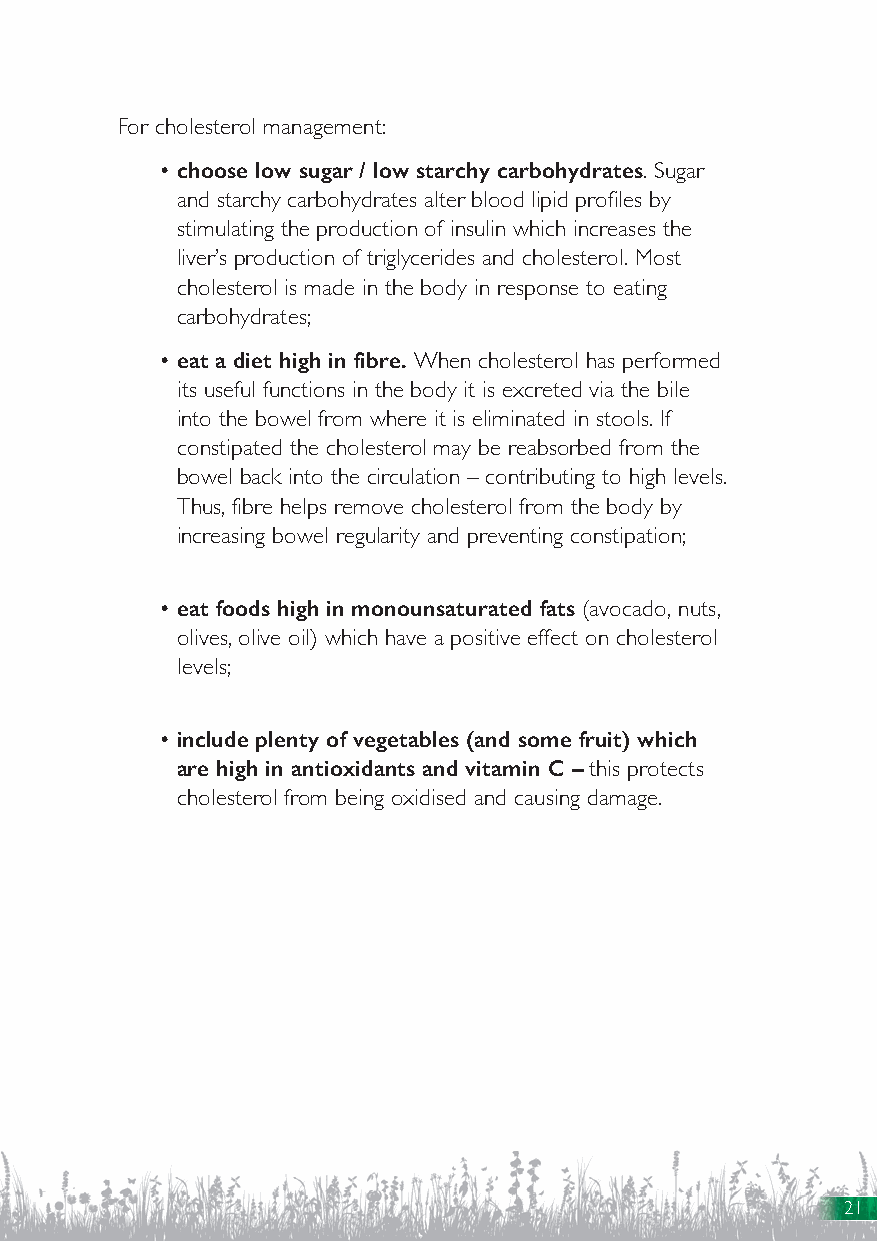
For cholesterol management:
 • choose low sugar / low starchy carbohydrates. Sugar
 and starchy carbohydrates alter blood lipid profiles by
 stimulating the production of insulin which increases the
 liver’s production of triglycerides and cholesterol. Most
 cholesterol is made in the body in response to eating
 carbohydrates;
 • eat a diet high in fibre. When cholesterol has performed
 its useful functions in the body it is excreted via the bile
 into the bowel from where it is eliminated in stools. If
 constipated the cholesterol may be reabsorbed from the
 bowel back into the circulation – contributing to high levels.
 Thus, fibre helps remove cholesterol from the body by
 increasing bowel regularity and preventing constipation;
 • eat foods high in monounsaturated fats (avocado, nuts,
 olives, olive oil) which have a positive effect on cholesterol
 levels;
 • include plenty of vegetables (and some fruit) which
 are high in antioxidants and vitamin C – this protects
 cholesterol from being oxidised and causing damage.
 21